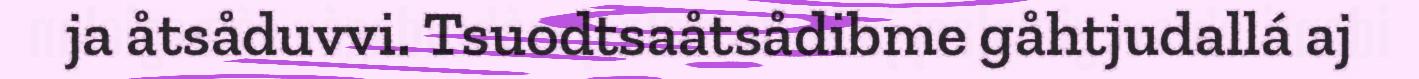
ja åtsåduvvi. Tsuodtsaåtsådibme gåhtjudallá aj